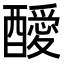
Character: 𨣥